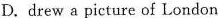
D.drew a picture of London